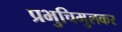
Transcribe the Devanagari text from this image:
प्रभुचिमुलकर